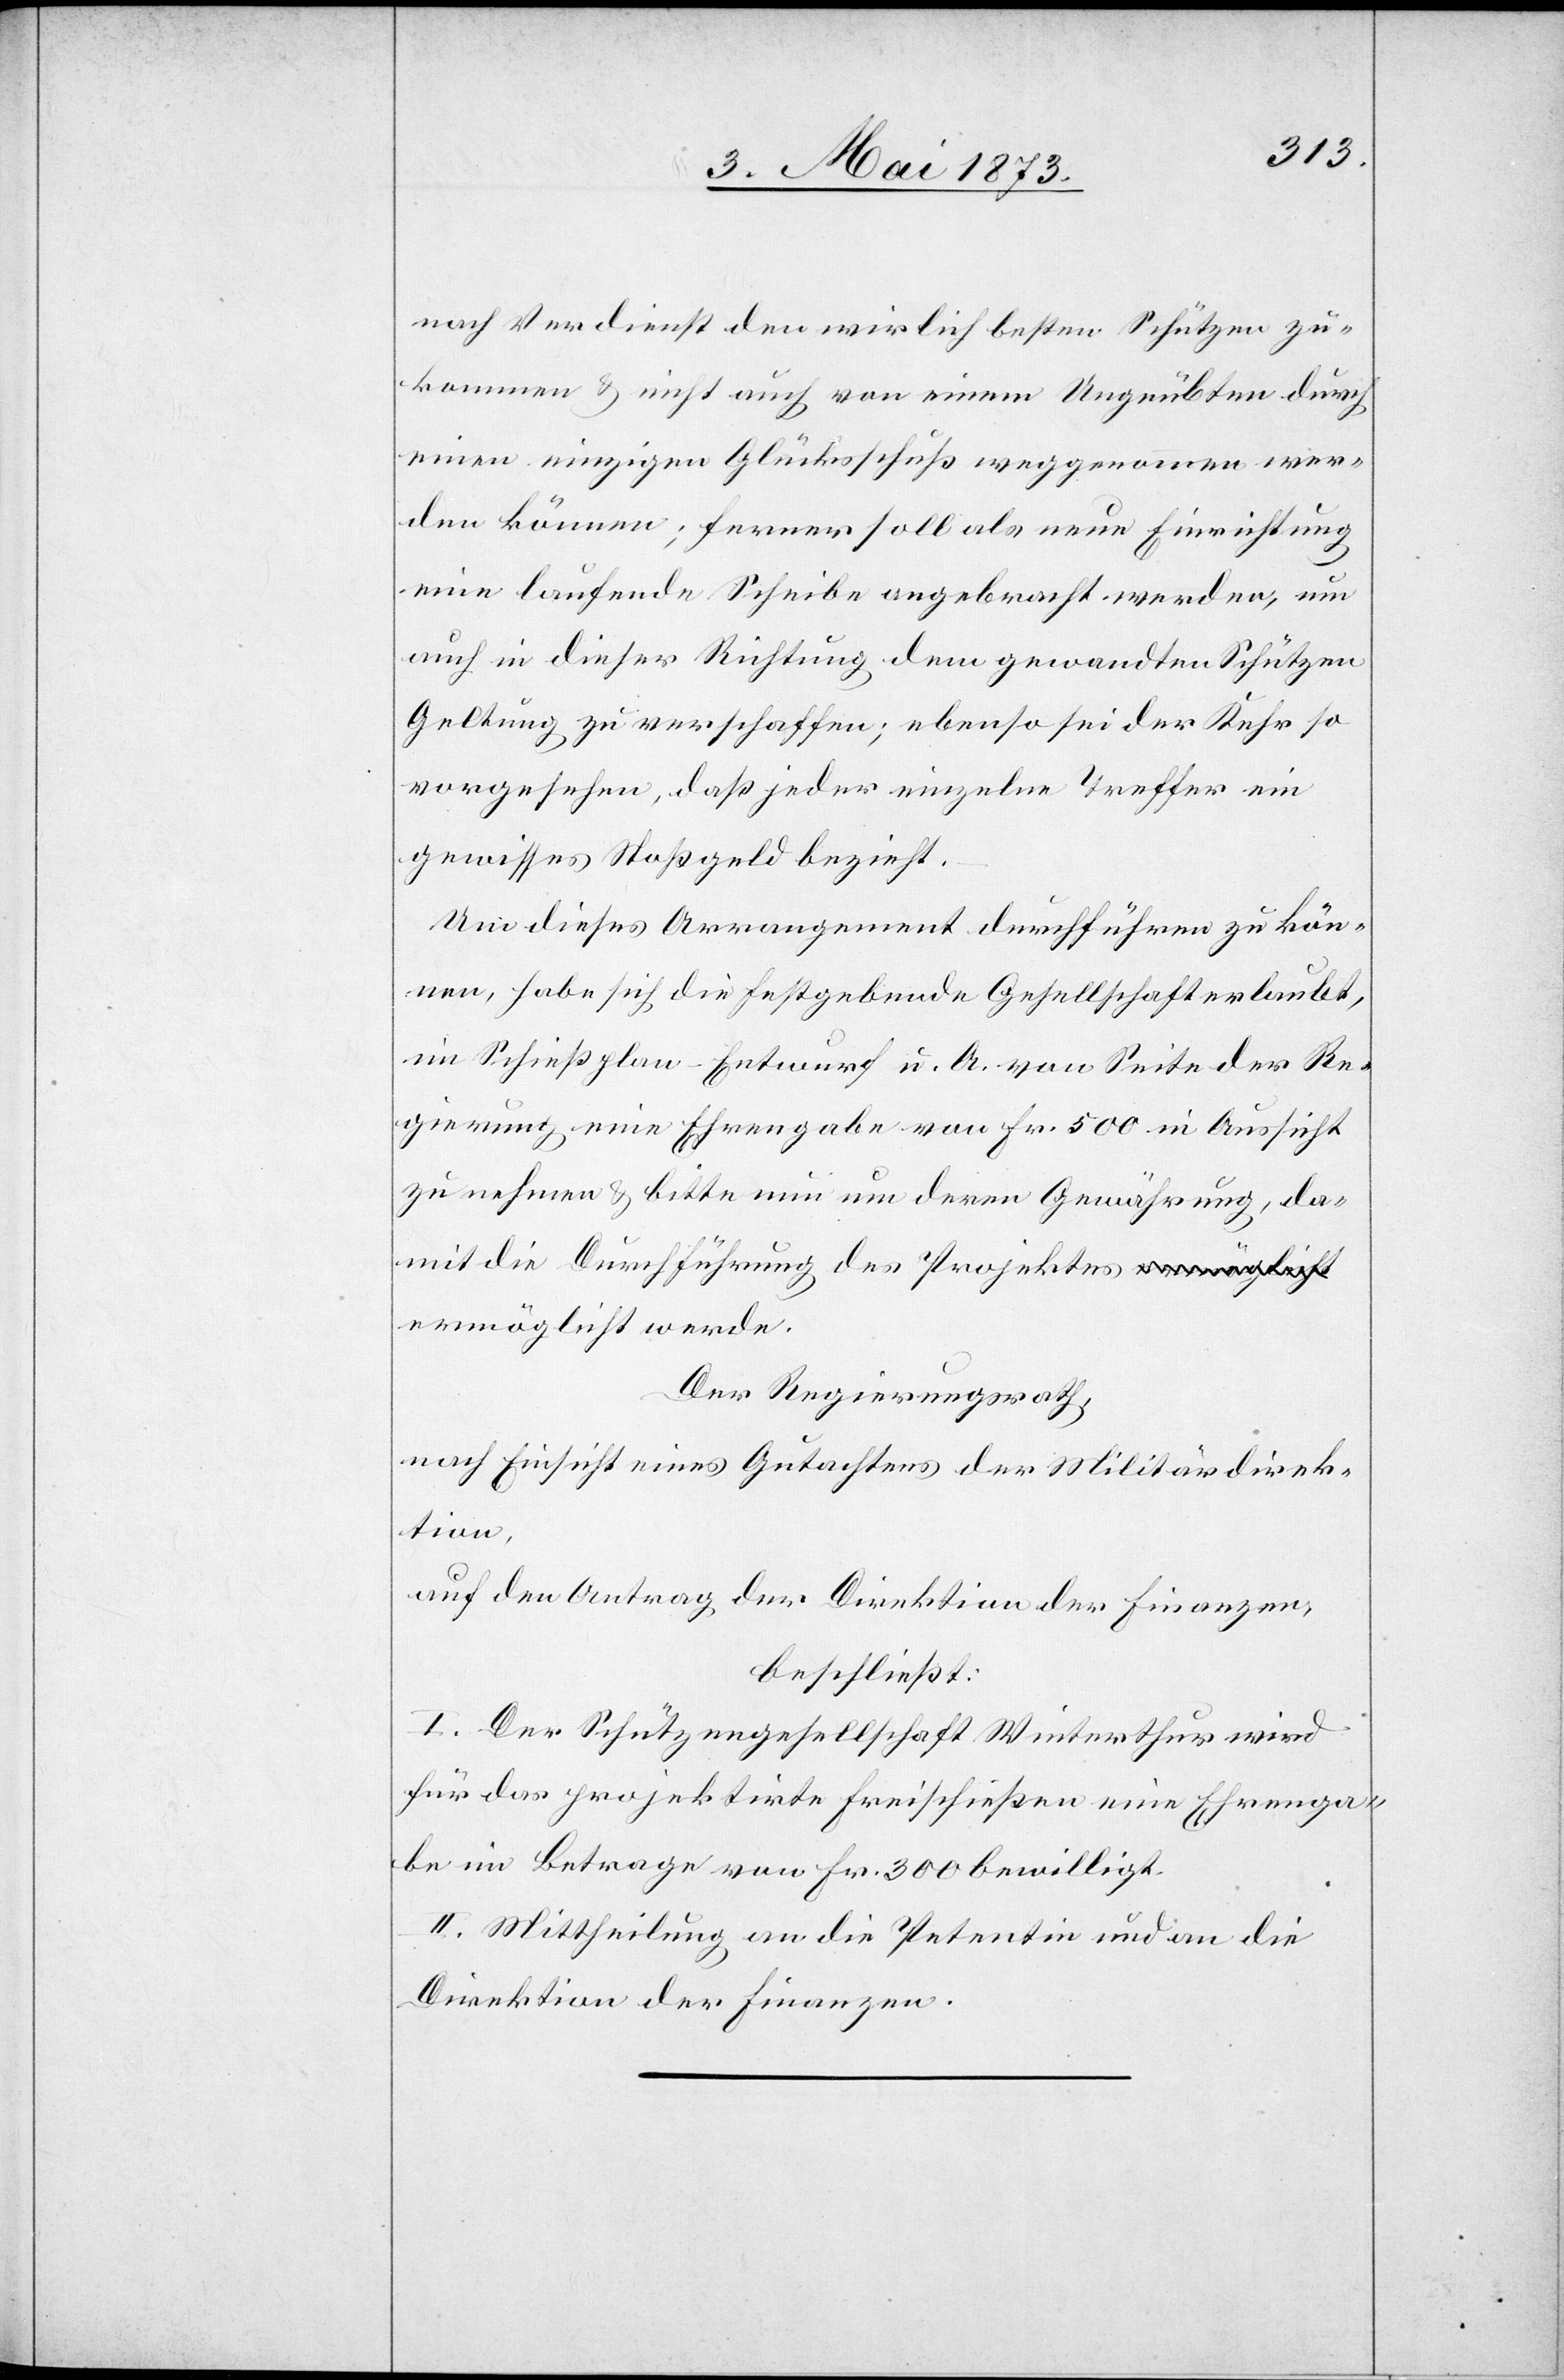
nach Verdienst den wir[k]lich besten Schützen zu¬
kommen & nicht auch von einem Ungeübten durch
einen einzigen Glücksschuß weggenommen wer¬
den können; ferner soll als neue Einrichtung
eine laufende Scheibe angebracht werden, um
auch in dieser Richtung dem gewandten Schützen
Geltung zu verschaffen; ebenso sei der Kehr so
vorgesehen, daß jeder einzelne Treffer ein
gewisses Stoßgeld bezieht.
Um dieses Arrangement durchführen zu kön¬
nen, habe sich die festgebende Gesellschaft erlaubt,
im Schießplan-Entwurf u. A. von Seite der Re¬
gierung eine Ehrengabe von Fr. 500 in Aussicht
zu nehmen & bitte nun um deren Gewährung, da¬
mit die Durchführung des Projektes ermöglicht
Der Regierungsrath,
nach Einsicht eines Gutachtens der Militärdirek¬
tion,
auf den Antrag der Direktion der Finanzen,
beschließt:
I. Der Schützengesellschaft Winterthur wird
für das projektirte Freischießen eine Ehrenga¬
be im Betrage von Fr. 300 bewilligt.
II. Mittheilung an die Petentin und an die
Direktion der Finanzen.